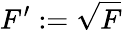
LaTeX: F^{\prime}:={\sqrt{F}}